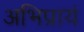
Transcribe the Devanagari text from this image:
अभिप्रायं